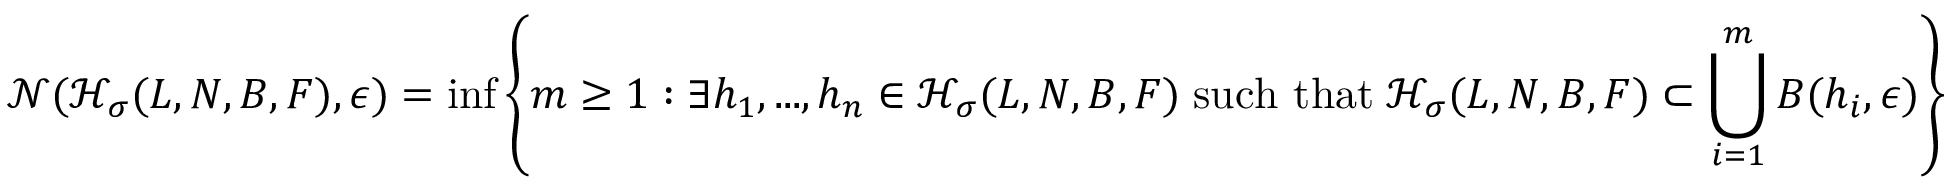
\mathcal { N } ( \mathcal { H _ { \sigma } } ( L , N , B , F ) , \epsilon ) = \operatorname* { i n f } \left\{ m \ge 1 : \exists h _ { 1 } , . . . , h _ { n } \in \mathcal { H _ { \sigma } } ( L , N , B , F ) \; \mathrm { s u c h ~ t h a t } \; \mathcal { H _ { \sigma } } ( L , N , B , F ) \subset \bigcup _ { i = 1 } ^ { m } B ( h _ { i } , \epsilon ) \right\}